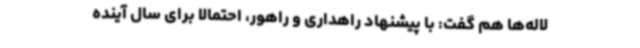
لاله‌ها هم گفت: با پیشنهاد راهداری و راهور، احتمالاً برای سال آینده